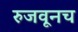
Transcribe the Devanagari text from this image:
रुजवूनच